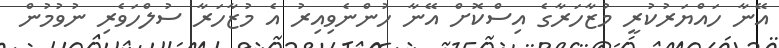
އޭނާ ހައްޔަރުކުރީ މުޒާހަރާގެ އިސްކޮށް އޭނާ ހުންނެވިއިރު އެ މުޒާހަރާ ސުލްހަވެރި ނުވުމުން